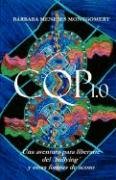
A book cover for CQP 1.0 - Una aventura para liberarte del 'bullying' y otras formas de acoso (Spanish Edition); BÃ¡rbara Meneses Montgomery; Teen & Young Adult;